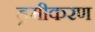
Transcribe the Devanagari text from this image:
ड्रमीकरण